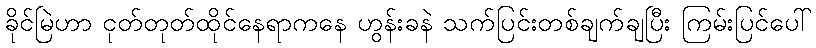
ခိုင်မြဲဟာ ငုတ်တုတ်ထိုင်နေရာကနေ ဟွန်းခနဲ သက်ပြင်းတစ်ချက်ချပြီး ကြမ်းပြင်ပေါ်